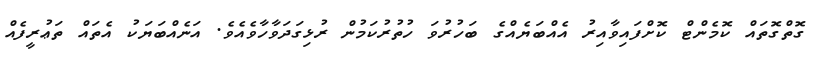
ގޮތްގޮތައް ކޮމެންޓް ކޮށްފައިވާއިރު އެއްބަޔެއްގެ ބަހުރުވަ ހުތުރުކަމުން ރުޅިގަދަވާހާވެއެވެ. އަނެއްބަޔަކު އެތައް ތަޢުރީފެއް